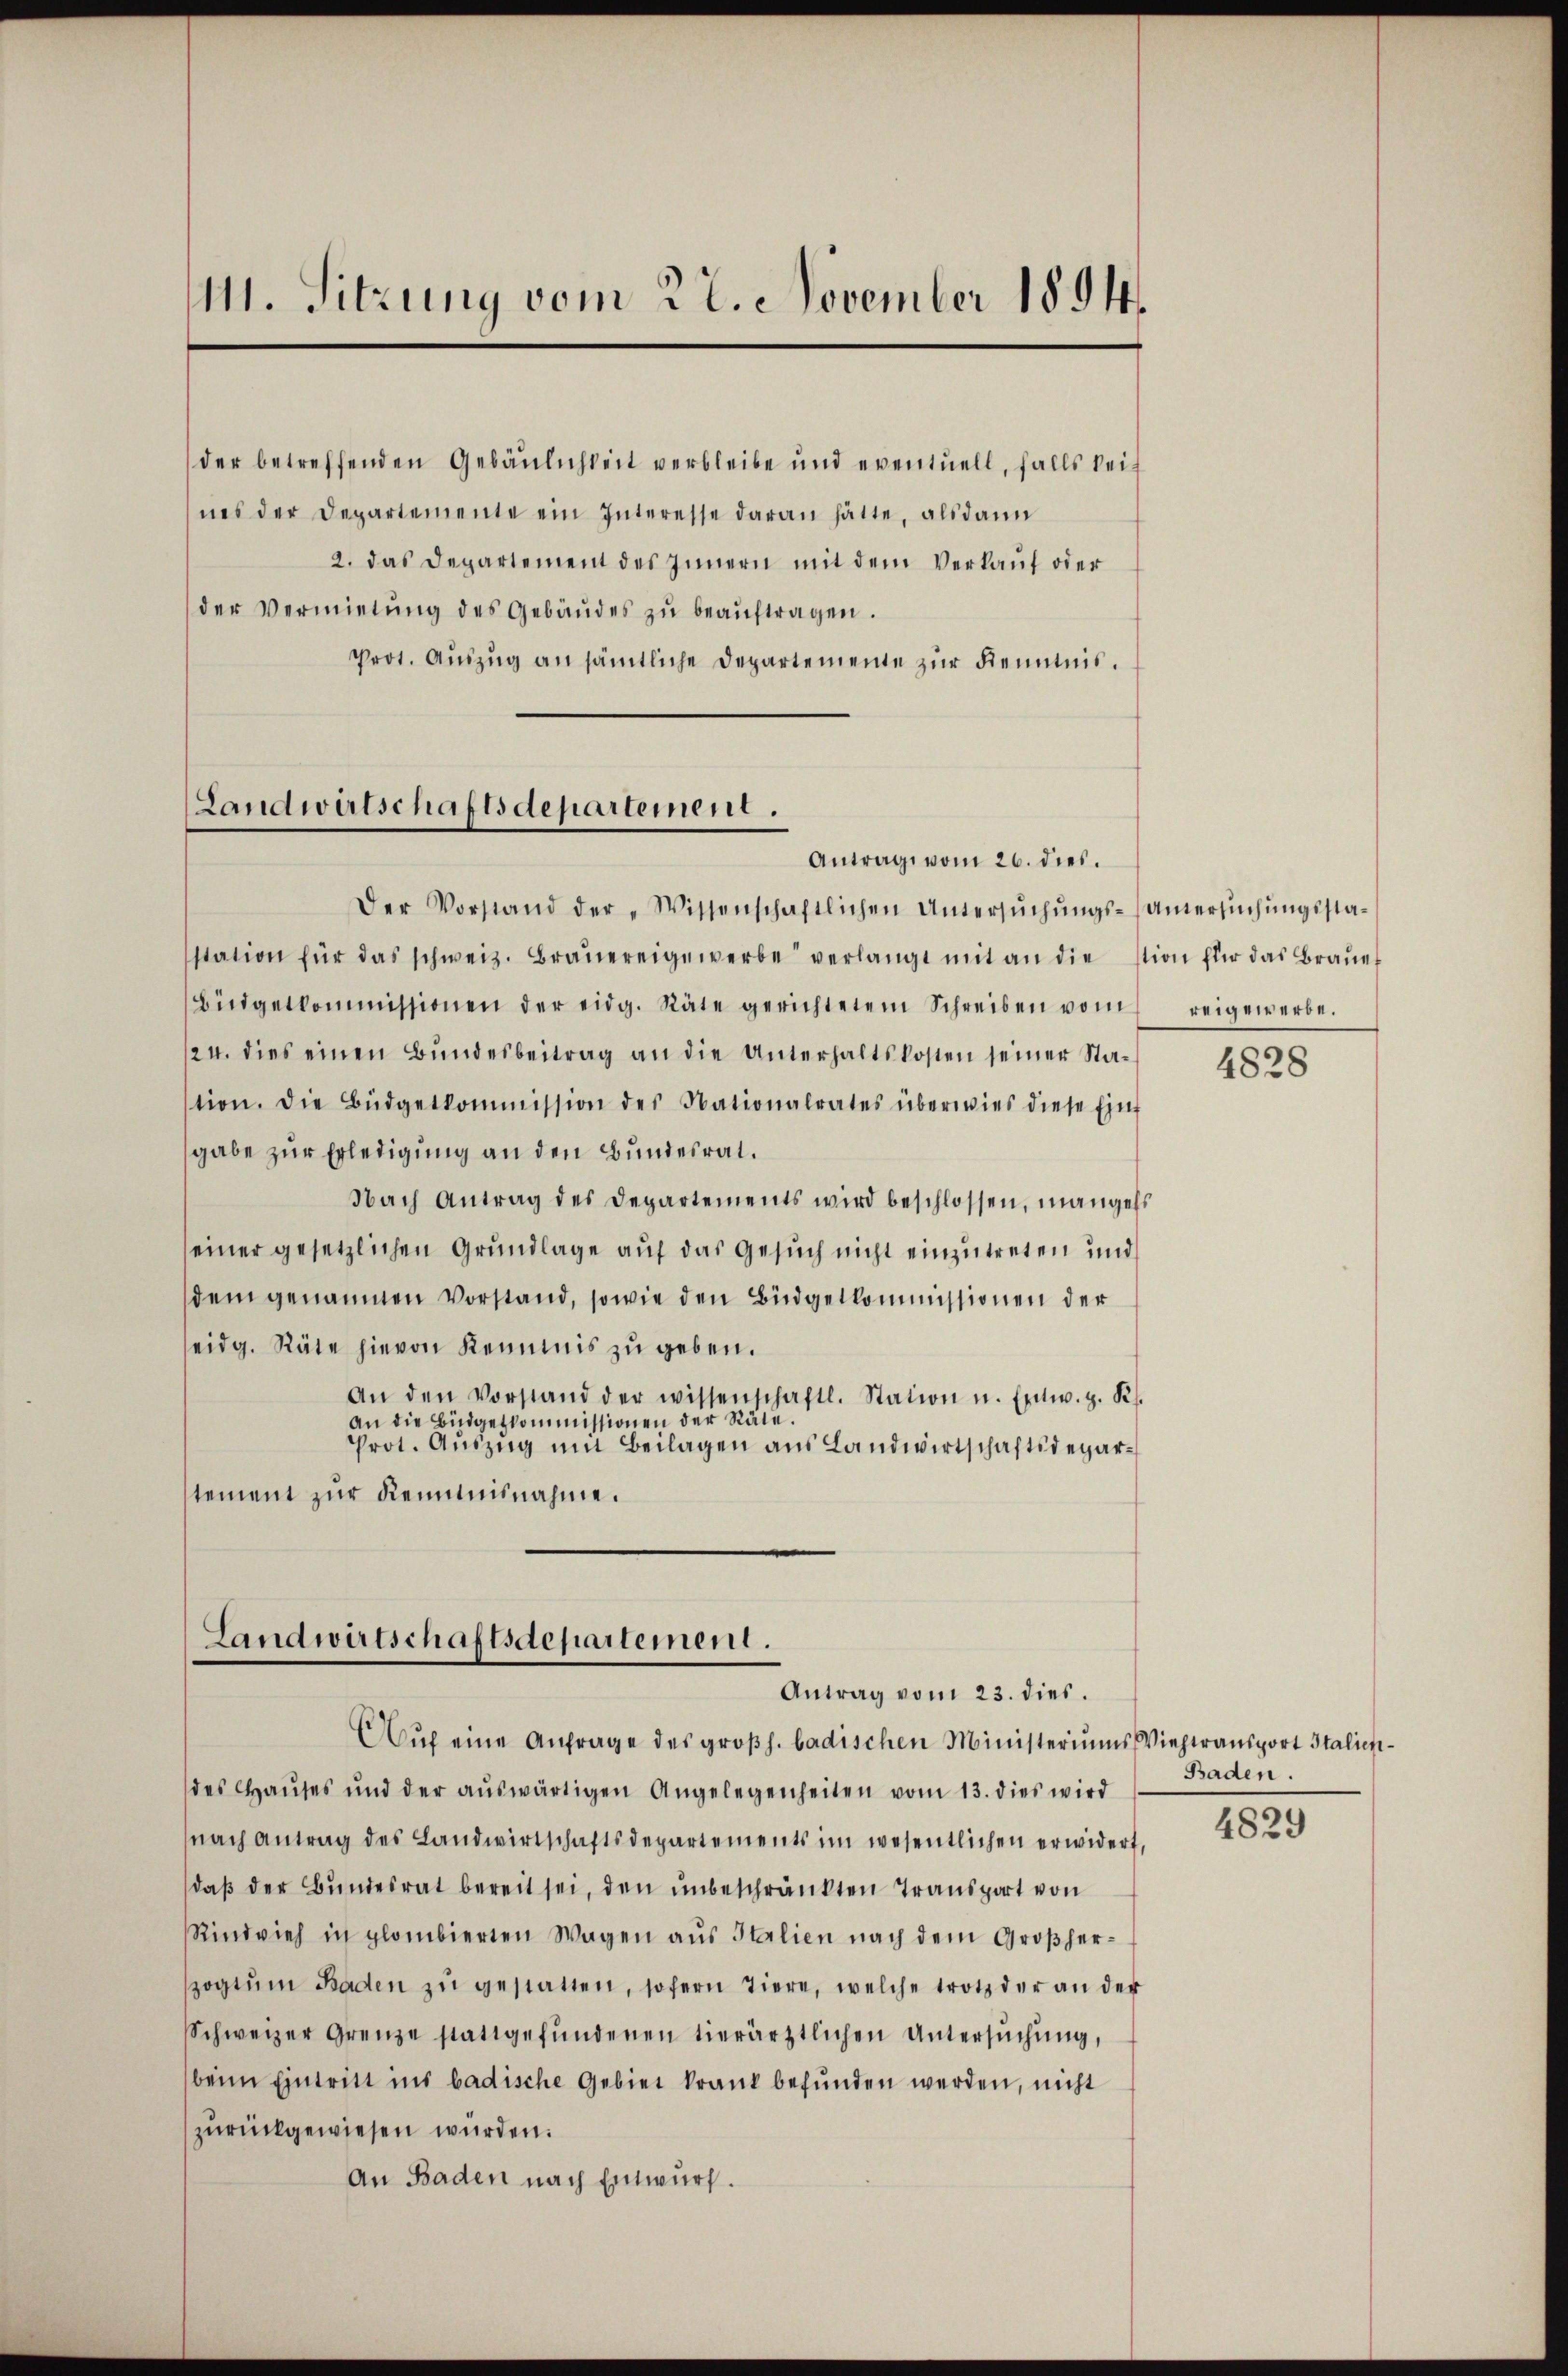
111. Sitzung vom 27. November 1894.

der betreffenden Gebäulichkeit verbleibe und eventuell, falls keines der Departemente ein Interesse daran hätte, alsdann
2. das Departement des Innern mit dem Verkaŭf oder
der Vermietŭng des Gebäŭdes zŭ beaŭftragen.
Prot. Auszug an sämtliche Departemente zur Kenntnis.

Landwirtschaftsdepartement.
Antrag vom 26. dies.

Landwirtschaftsdepartement.
Antrag vom 23. dies.

Aŭf eine Anfrage des großh. badischen Ministeriums Viehtransport Italienides Haŭses und der aŭswärtigen Angelegenheiten vom 13. dies wird
(nach Antrag des Landwirtschaftsdepartements im wesentlichen erwidert,
daß der Bundesrat bereit sei, den unbeschränkten Transport von
Rindvieh in glombierten Wagen aŭs Italien nach dem Großherspogtŭm Baden zŭ gestatten, sofern Tiere, welche trotz der an der
Schweizer Grenze stattgefŭndenen tierärztlichen Untersŭchŭng,
beim Eintritt ins badische Gebiet krank befunden werden, nicht
zurückgewiesen würden.
An Baden nach Entwurf.

Der Vorstand der „Wissenschaftlichen Untersŭchŭngs-Untersŭchŭngsstasstation für das schweiz. Braŭereigewerbe verlangt mit an die stion für das Braŭe
Büdgetkommissionen der eidg. Räte gerichtetem Schreiben vom
124. dies einen Bundesbeitrag an die Unterhaltskosten seiner Station. Die Büdgetkommission des Nationalrates überwies diese Einf
gabe zur Erledigung an den Bundesrat.
Nach Antrag des Departements wird beschlossen, mangels
seiner gesetzlichen Grundlage auf das Gesuch nicht einzutreten und
dem genannten Vorstand, sowie den Büdgetkommissionen der
seidg. Räte hievon Kenntnis zu geben.
An den Vorstand der wissenschaftl. Station u. Entw. z. K.
an die Budgetkommissionen der Räte.
Prot. Auszug um Beilagen aus Landwirtschaftsdeparstement zur Kenntnisnahme.

reigewerbe.

4828

Baden.

4829